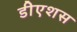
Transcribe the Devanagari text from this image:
डीएशस